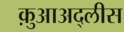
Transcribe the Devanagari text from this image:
क़ुआअद्लीस